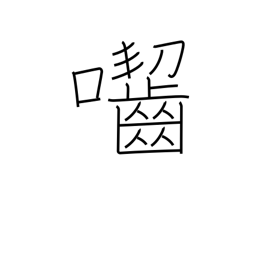
Meaning: gnaw